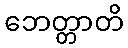
ဘေတ္တာတိ